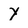
Character: Y